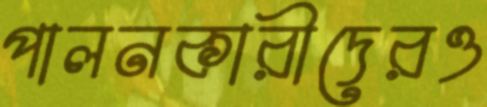
পালনকারীদেরও